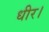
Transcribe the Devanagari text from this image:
धीर।